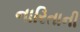
નારિતાની